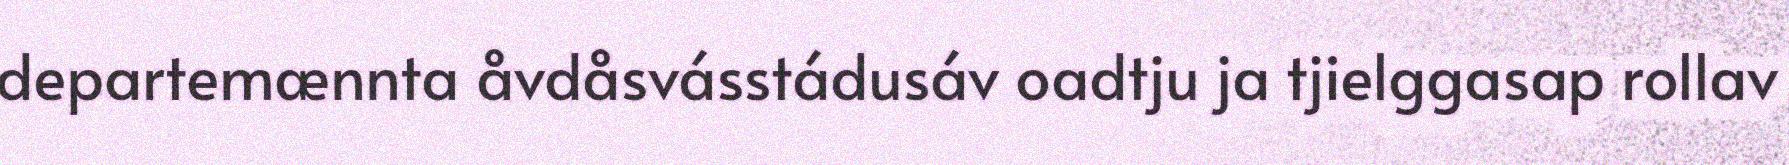
departemænnta åvdåsvásstádusáv oadtju ja tjielggasap rollav